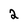
Character: 2